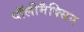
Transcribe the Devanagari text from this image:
पॉलीमैक्सिन